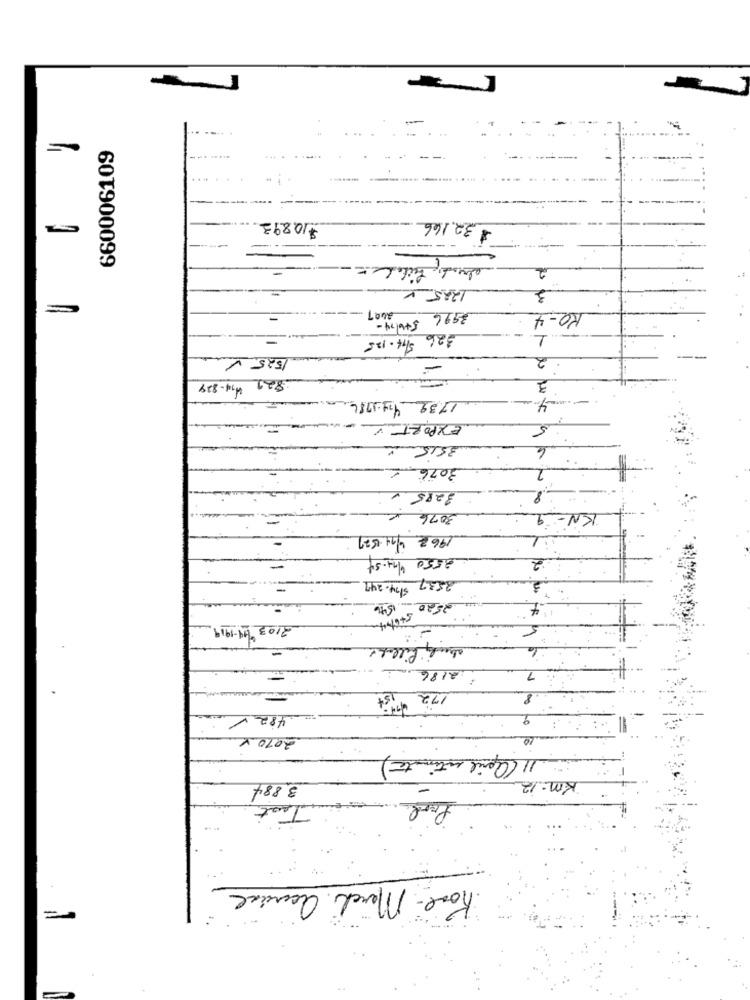
660006109
$10893
$ 32.146
-
2
=
122.5 V
3
2607
3996 5+6/74-
KO-4
326 /14.125
1
1525%
2
829 414-829
1739 441786
EXPORT
5
35152
3076€
3285€
3076 €
KN-9
196 2 4/14 -1527
8550 6/94.54
2
2537 54.249
. 25.20- 1546
4
546 7 4
3/03 /19-1919
5
almi filled
:2186
172 15+
. 4821
2010 x
11 (april intimate)
Km- 12
3.884
Test
Rose - March acuial